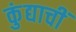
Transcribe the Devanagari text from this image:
कुंद्याचीं